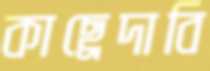
কাছ্রেদাবি